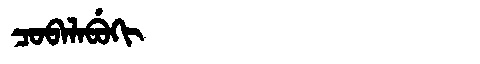
Manchu: ᠴᠣᠪᠠᠯᠠᠪᡠᡴᡳ
Romanization: COBALABUKI